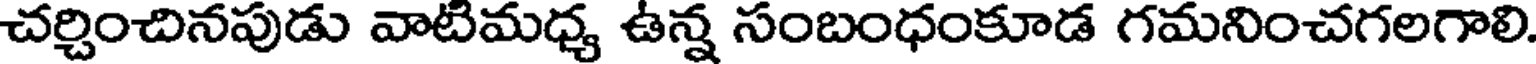
చర్చించినపుడు వాటిమధ్య ఉన్న సంబంధంకూడ గమనించగలగాలి.